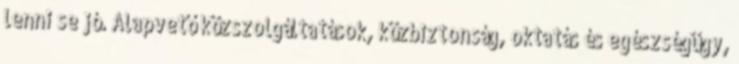
lenni se jó. Alapvető közszolgáltatások, közbiztonság, oktatás és egészségügy,